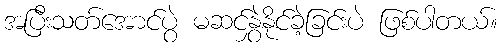
အပြီးသတ်အောင်ပွဲ မဆင်နွှဲနိုင်ခဲ့ခြင်းပဲ ဖြစ်ပါတယ်။